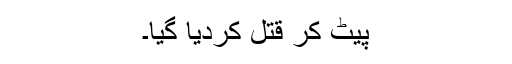
پیٹ کر قتل کردیا گیا۔